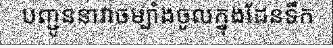
បញ្ជូននាវាចម្បាំងចូលក្នុងដែនទឹក